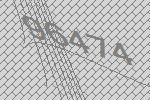
96474